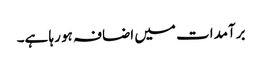
برآمدات میں اضافہ ہو رہا ہے۔